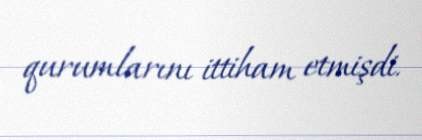
qurumlarını ittiham etmişdi.